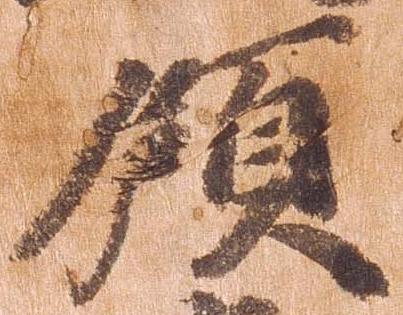
領